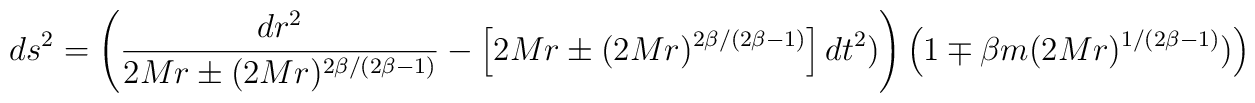
ds^2 = \left( \frac{dr^2}{2Mr \pm (2Mr)^{2\beta/(2\beta-1)}} -\left[2Mr \pm (2Mr)^{2\beta/(2\beta-1)}\right] dt^2) \right)\left( 1 \mp  \beta m (2Mr)^{1/(2\beta-1)}) \right)